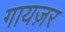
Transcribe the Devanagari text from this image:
गायज़र